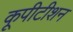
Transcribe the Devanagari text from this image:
कूपीटीशन